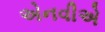
એનવીએ